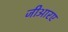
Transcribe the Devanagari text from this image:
जीआरए